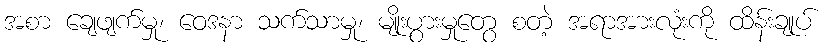
အစာ ချေဖျက်မှု၊ ဝေဒနာ သက်သာမှု၊ မျိုးပွားမှုတွေ စတဲ့ အရာအားလုံးကို ထိန်းချုပ်